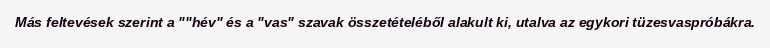
Más feltevések szerint a ""hév" és a "vas" szavak összetételéből alakult ki, utalva az egykori tüzesvaspróbákra.